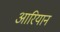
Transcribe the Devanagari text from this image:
आरियान